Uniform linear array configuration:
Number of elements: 24
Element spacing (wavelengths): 0.75
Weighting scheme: cosine
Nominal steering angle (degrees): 0
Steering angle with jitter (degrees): -0.2803
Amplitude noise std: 0.05
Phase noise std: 0.05

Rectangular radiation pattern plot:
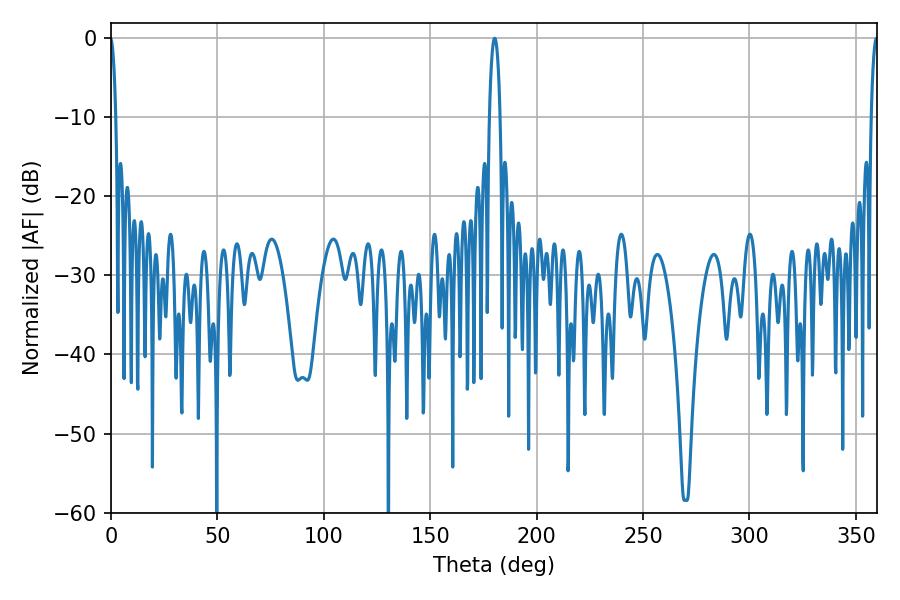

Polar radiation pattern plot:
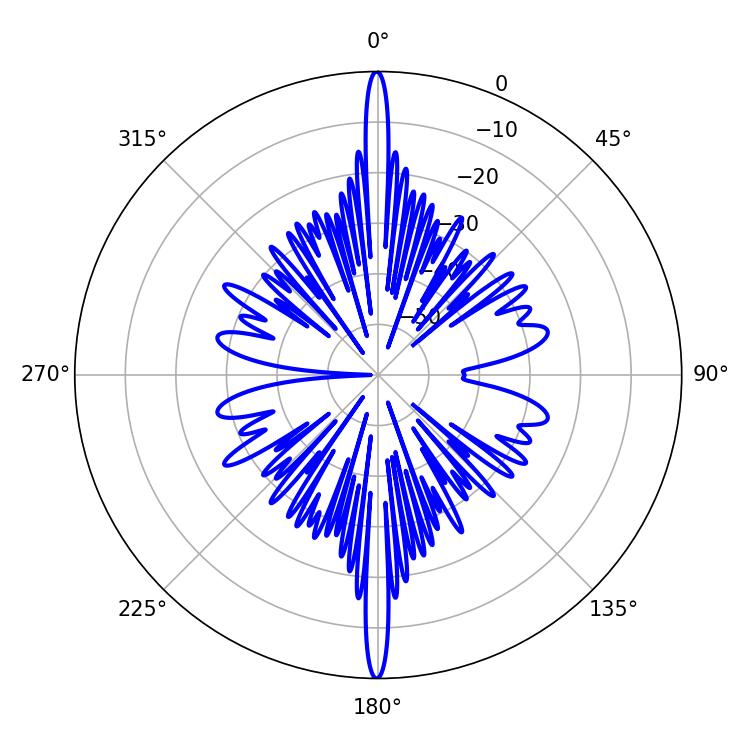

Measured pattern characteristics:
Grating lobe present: TRUE
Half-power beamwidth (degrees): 2.7
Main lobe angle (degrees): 180.36